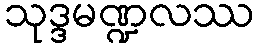
သုဒ္ဒမဏ္ဍလဿ